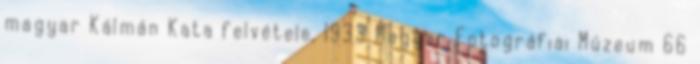
magyar Kálmán Kata felvétele, 1933 Magyar Fotográfiai Múzeum 66